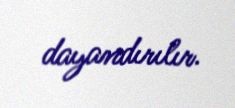
dayandırılır.